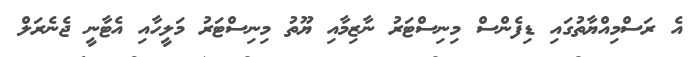
އެ ރަސްމިއްޔާތުގައި ޑިފެންސް މިނިސްޓަރު ނާޒިމާއި ޔޫތު މިނިސްޓަރު މަލީހާއި އެޓާނީ ޖެނެރަލް